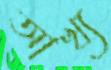
আখ্য